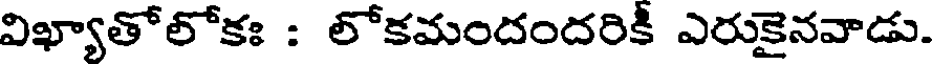
విఖ్యాతోలోకః : లోకమందందరికి ఎరుకైనవాడు.